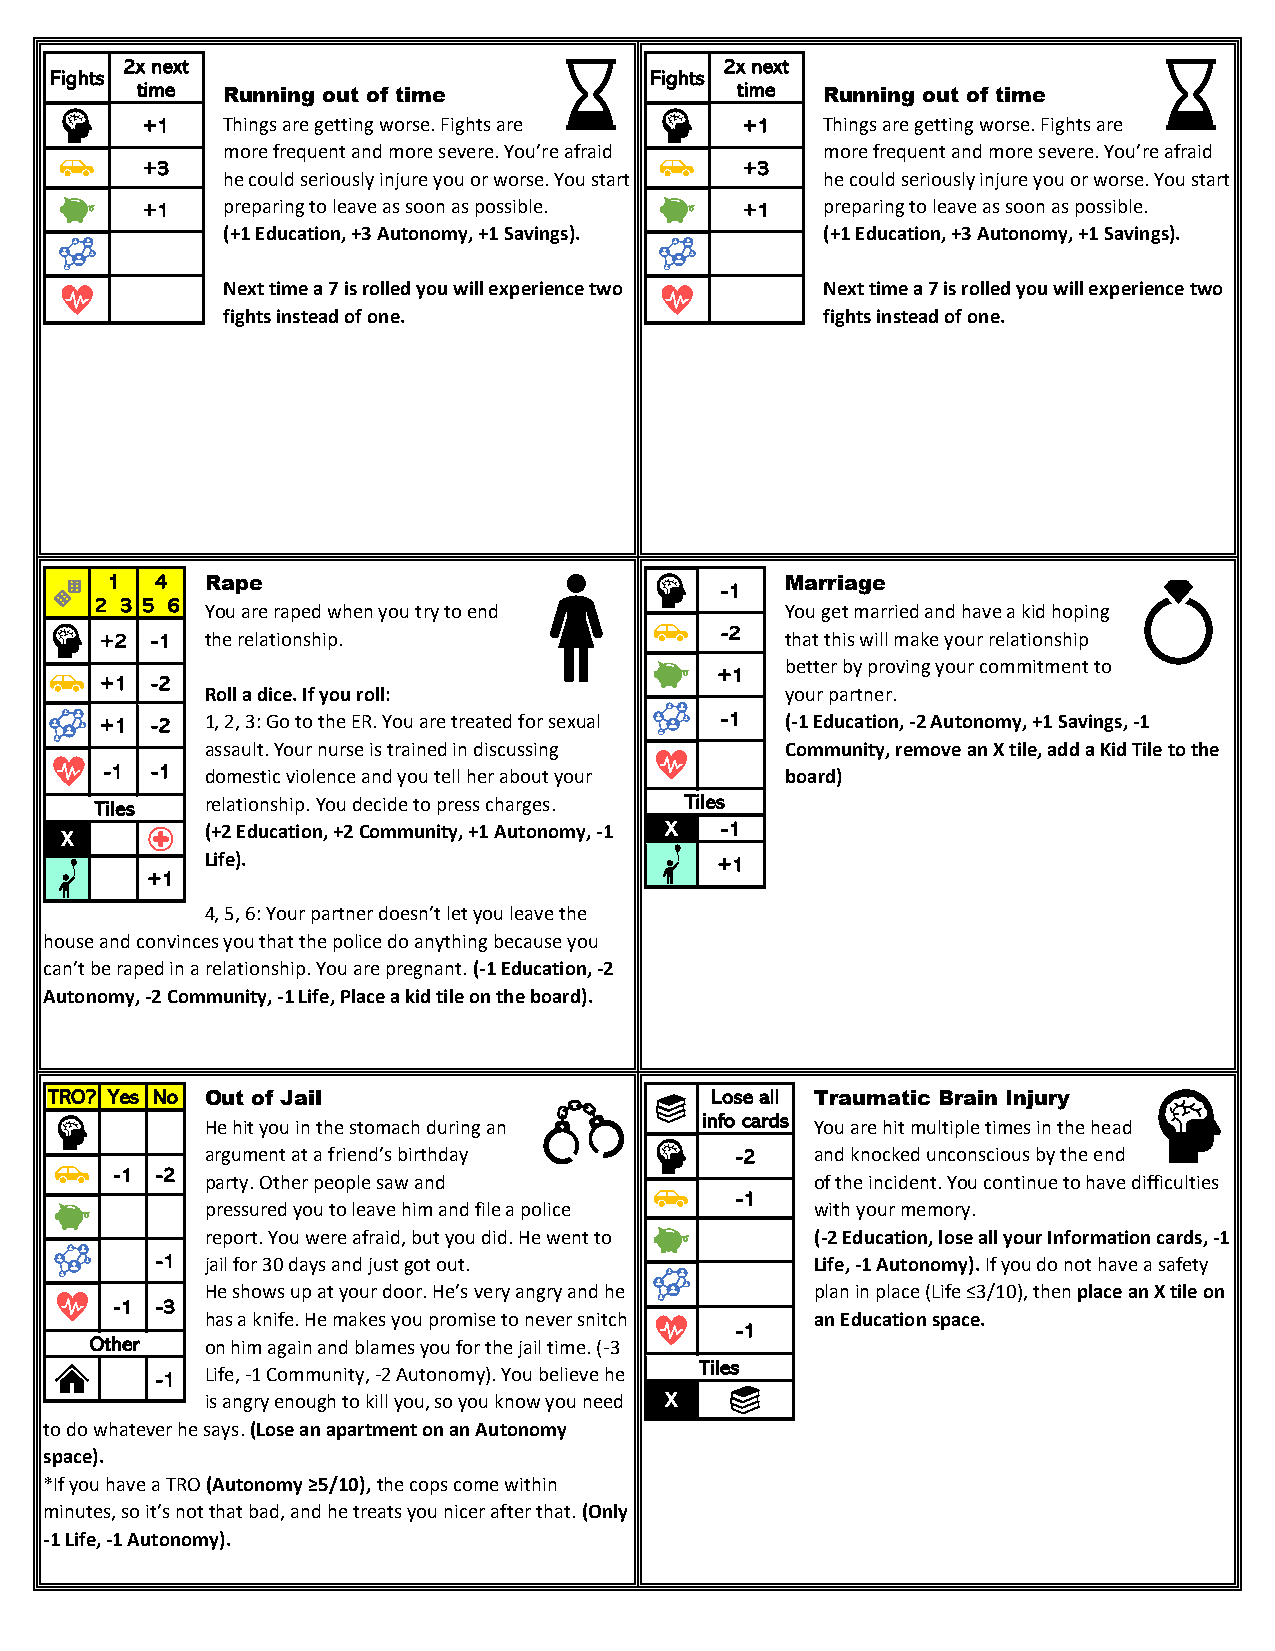
2x next                                 2x next
 Fights                                  Fights
 time  Running out of time               time  Running out of time
 +1    Things are getting worse. Fights are +1 Things are getting worse. Fights are
 more frequent and more severe. You’re afraid more frequent and more severe. You’re afraid
 +3                                      +3
 he could seriously injure you or worse. You start he could seriously injure you or worse. You start
 +1    preparing to leave as soon as possible. +1 preparing to leave as soon as possible.
 (+1 Education, +3 Autonomy, +1 Savings). (+1 Education, +3 Autonomy, +1 Savings).
 Next time a 7 is rolled you will experience two Next time a 7 is rolled you will experience two
 fights instead of one.                  fights instead of one.
 1  4   Rape                                  Marriage
 -1
 2 3 5 6
 You are raped when you try to end     You get married and have a kid hoping
 -2
 +2 -1  the relationship.                     that this will make your relationship
 better by proving your commitment to
 +1
 +1 -2
 Roll a dice. If you roll:             your partner.
 +1 -2  1, 2, 3: Go to the ER. You are treated for sexual -1 (-1 Education, -2 Autonomy, +1 Savings, -1
 assault. Your nurse is trained in discussing Community, remove an X tile, add a Kid Tile to the
 -1 -1  domestic violence and you tell her about your board)
 Tiles   relationship. You decide to press charges. Tiles
 (+2 Education, +2 Community, +1 Autonomy, -1 X -1
 X
 Life).                            +1
 +1
 4, 5, 6: Your partner doesn’t let you leave the
 house and convinces you that the police do anything because you
 can’t be raped in a relationship. You are pregnant. (-1 Education, -2
 Autonomy, -2 Community, -1 Life, Place a kid tile on the board).
 TRO? Yes No Out of Jail                     Lose all Traumatic Brain Injury
 info cards
 He hit you in the stomach during an     You are hit multiple times in the head
 argument at a friend’s birthday    -2   and knocked unconscious by the end
 -1 -2
 party. Other people saw and             of the incident. You continue to have difficulties
 -1
 pressured you to leave him and file a police with your memory.
 report. You were afraid, but you did. He went to (-2 Education, lose all your Information cards, -1
 -1  jail for 30 days and just got out.      Life, -1 Autonomy). If you do not have a safety
 He shows up at your door. He’s very angry and he plan in place (Life ≤3/10), then place an X tile on
 -1 -3
 has a knife. He makes you promise to never snitch an Education space.
 -1
 Other   on him again and blames you for the jail time. (-3
 Tiles
 -1  Life, -1 Community, -2 Autonomy). You believe he
 is angry enough to kill you, so you know you need X
 to do whatever he says. (Lose an apartment on an Autonomy
 space).
 *If you have a TRO (Autonomy ≥5/10), the cops come within
 minutes, so it’s not that bad, and he treats you nicer after that. (Only
 -1 Life, -1 Autonomy).